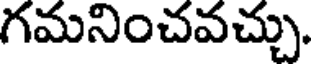
గమనించవచ్చు.